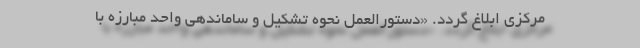
مرکزی ابلاغ ‌گردد. «دستورالعمل نحوه تشکیل و ساماندهی واحد مبارزه با